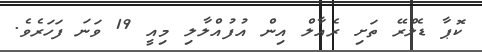
ކޮޕާ ޑެލްރޭ ތަށި ރެއާލް އިން އުފުއްލާލި މިއީ 19 ވަނަ ފަހަރެވެ.